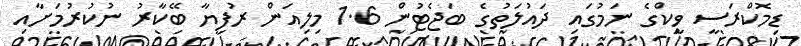
ޑިމޮކްރަސީ ވީކްގެ ނަމުގައި ދައުލަތުގެ ބަޖެޓުން 1.6 މިލިއަން ރުފިޔާ ބޭކާރު ނުކުރުމަށާއި